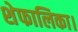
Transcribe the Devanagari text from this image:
शेफालिका।